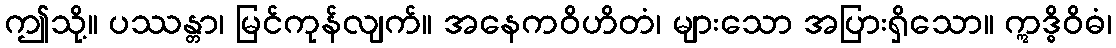
ဤသို့။ ပဿန္တာ၊ မြင်ကုန်လျက်။ အနေကဝိဟိတံ၊ များသော အပြားရှိသော။ ဣဒ္ဓိဝိဓံ၊